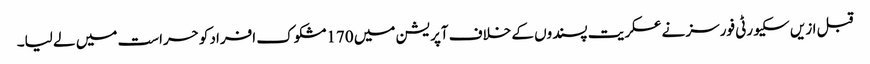
قبل ازیں سکیورٹی فورسز نے عسکریت پسندوں کے خلاف آپریشن میں 170مشکوک افراد کوحراست میں لے لیا۔